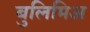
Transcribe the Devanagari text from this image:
बुलिमिअ